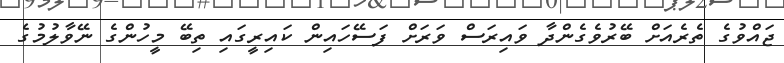
ޖައްވުގެ ތެރެއަށް ބޭރުވެގެންދާ ވައިރަސް ވަރަށް ފަސޭހައިން ކައިރީގައި ތިބޭ މީހުންގެ ނޭވާލުމުގެ